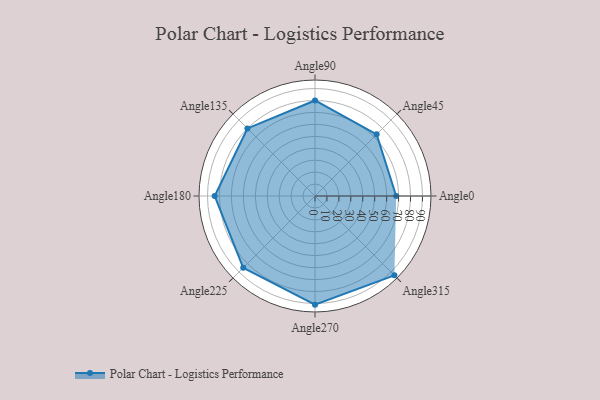
{"axis": {"x": "Angle", "y": "Radius"}, "legend": [""], "data": [{"x": "Angle0", "y": 68.0, "type": ""}, {"x": "Angle45", "y": 73.0, "type": ""}, {"x": "Angle90", "y": 80.0, "type": ""}, {"x": "Angle135", "y": 80.0, "type": ""}, {"x": "Angle180", "y": 84.0, "type": ""}, {"x": "Angle225", "y": 85.0, "type": ""}, {"x": "Angle270", "y": 91.0, "type": ""}, {"x": "Angle315", "y": 94.0, "type": ""}]}